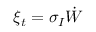
\xi _ { t } = \sigma _ { I } \dot { W }